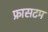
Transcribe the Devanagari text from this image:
फ्रासटम